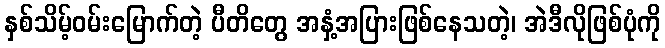
နှစ်သိမ့်ဝမ်းမြောက်တဲ့ ပီတိတွေ အနှံ့အပြားဖြစ်နေသတဲ့၊ အဲဒီလိုဖြစ်ပုံကို